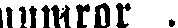
numror .